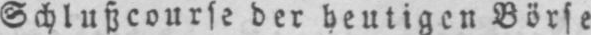
Schlußcourse der heutigen Börse.